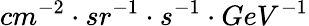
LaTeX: cm^{-2}\cdot{sr^{-1}}\cdot{s^{-1}}\cdot{GeV^{-1}}